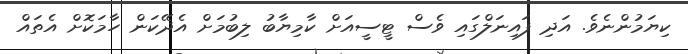
ކިޔަމުންނެވެ. އަދި ފައިނަލްގައި ވެސް ޓީސީއަށް ކާމިޔާބު ލިބުމަށް އެދޭކަން ހާމަކޮށް އެތައް